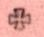
+